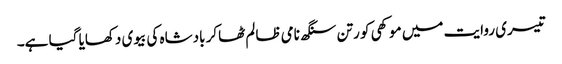
تیسری روایت میں موکھی کو رتن سنگھ نامی ظالم ٹھاکر بادشاہ کی بیوی دکھایا گیا ہے۔